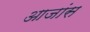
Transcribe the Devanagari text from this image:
आजांस